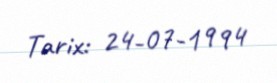
Tarix: 24-07-1994